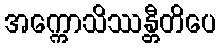
အက္ကောသိဿန္တီတိပေ